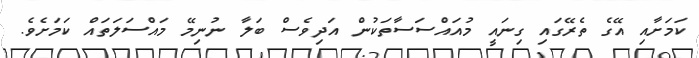
ކަމަށާއި އޭގެ ތެރޭގައި ގިނައީ މުއައްސަސާތަކުން އަދިވެސް ބަލާ ނުނިމޭ މައްސަލަތައް ކަމަށެވެ.